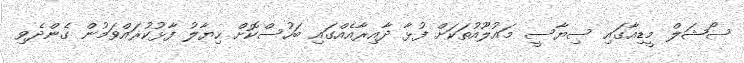
ސޯޝަލް މީޑިއާގައި ސިޔާސީ މައުލޫއުތަކަށް ފުޅާ ދާއިރާއެއްގައި ބަހުސްކޮށް ހިޔާލު ފާޅުކުރައްވަމުން ގެންދެވި